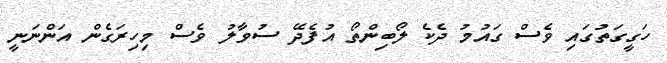
ހަގީގަތުގައި ވެސް ގައުމު ދެކެ ލޯބިންތޯ އުފެދޭ ސުވާލު ވެސް މިހިރަގެން އަންނަނީ